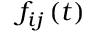
f _ { i j } \left( t \right)